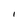
Character: I